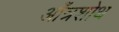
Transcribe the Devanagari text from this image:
आँत्रशोथ